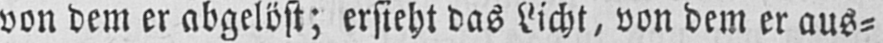
von dem er abgelöst; ersieht das Licht, von dem er aus⸗